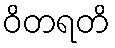
ဝိတရတိ